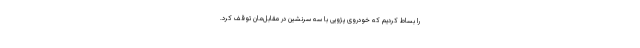
را بساط کردیم که خودروی پژویی با سه سرنشین در مقابل‌مان توقف کرد.